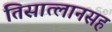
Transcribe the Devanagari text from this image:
तिसात्लानसह